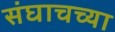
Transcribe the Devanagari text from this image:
संघाचच्या